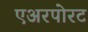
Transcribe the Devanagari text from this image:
एअरपोरट